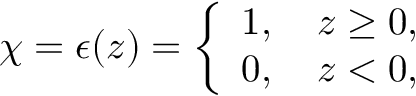
\chi = \epsilon ( z ) = \left\{ \begin{array} { l } { { 1 , ~ ~ ~ z \geq 0 , } } \\ { { 0 , ~ ~ ~ z < 0 , } } \end{array} \right.